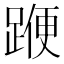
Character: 𨂯